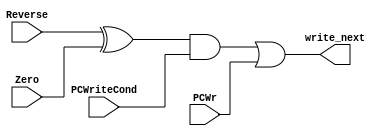
module WriteNext(Reverse,Zero,PCWriteCond,PCWr,write_next);
  input Reverse;
  input Zero;
  input PCWriteCond;
  input PCWr;
  
  output write_next;
  
  assign write_next=((Reverse^Zero)&&PCWriteCond)||PCWr;
endmodule